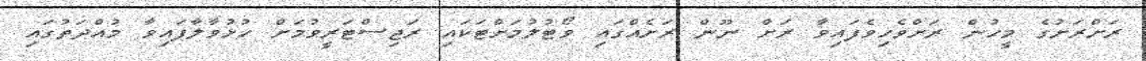
ރަށްރަށުގެ މީހުން ރަށްވެހިވެފައިވާ ރަށް ނޫން ރަށެއްގައި ވޯޓުލުމަށްޓަކައި ރަޖިސްޓަރީވުމަށް ހުޅުވާލާފައިވާ މުއްދަތުގައި